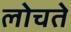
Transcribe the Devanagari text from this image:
लोचते